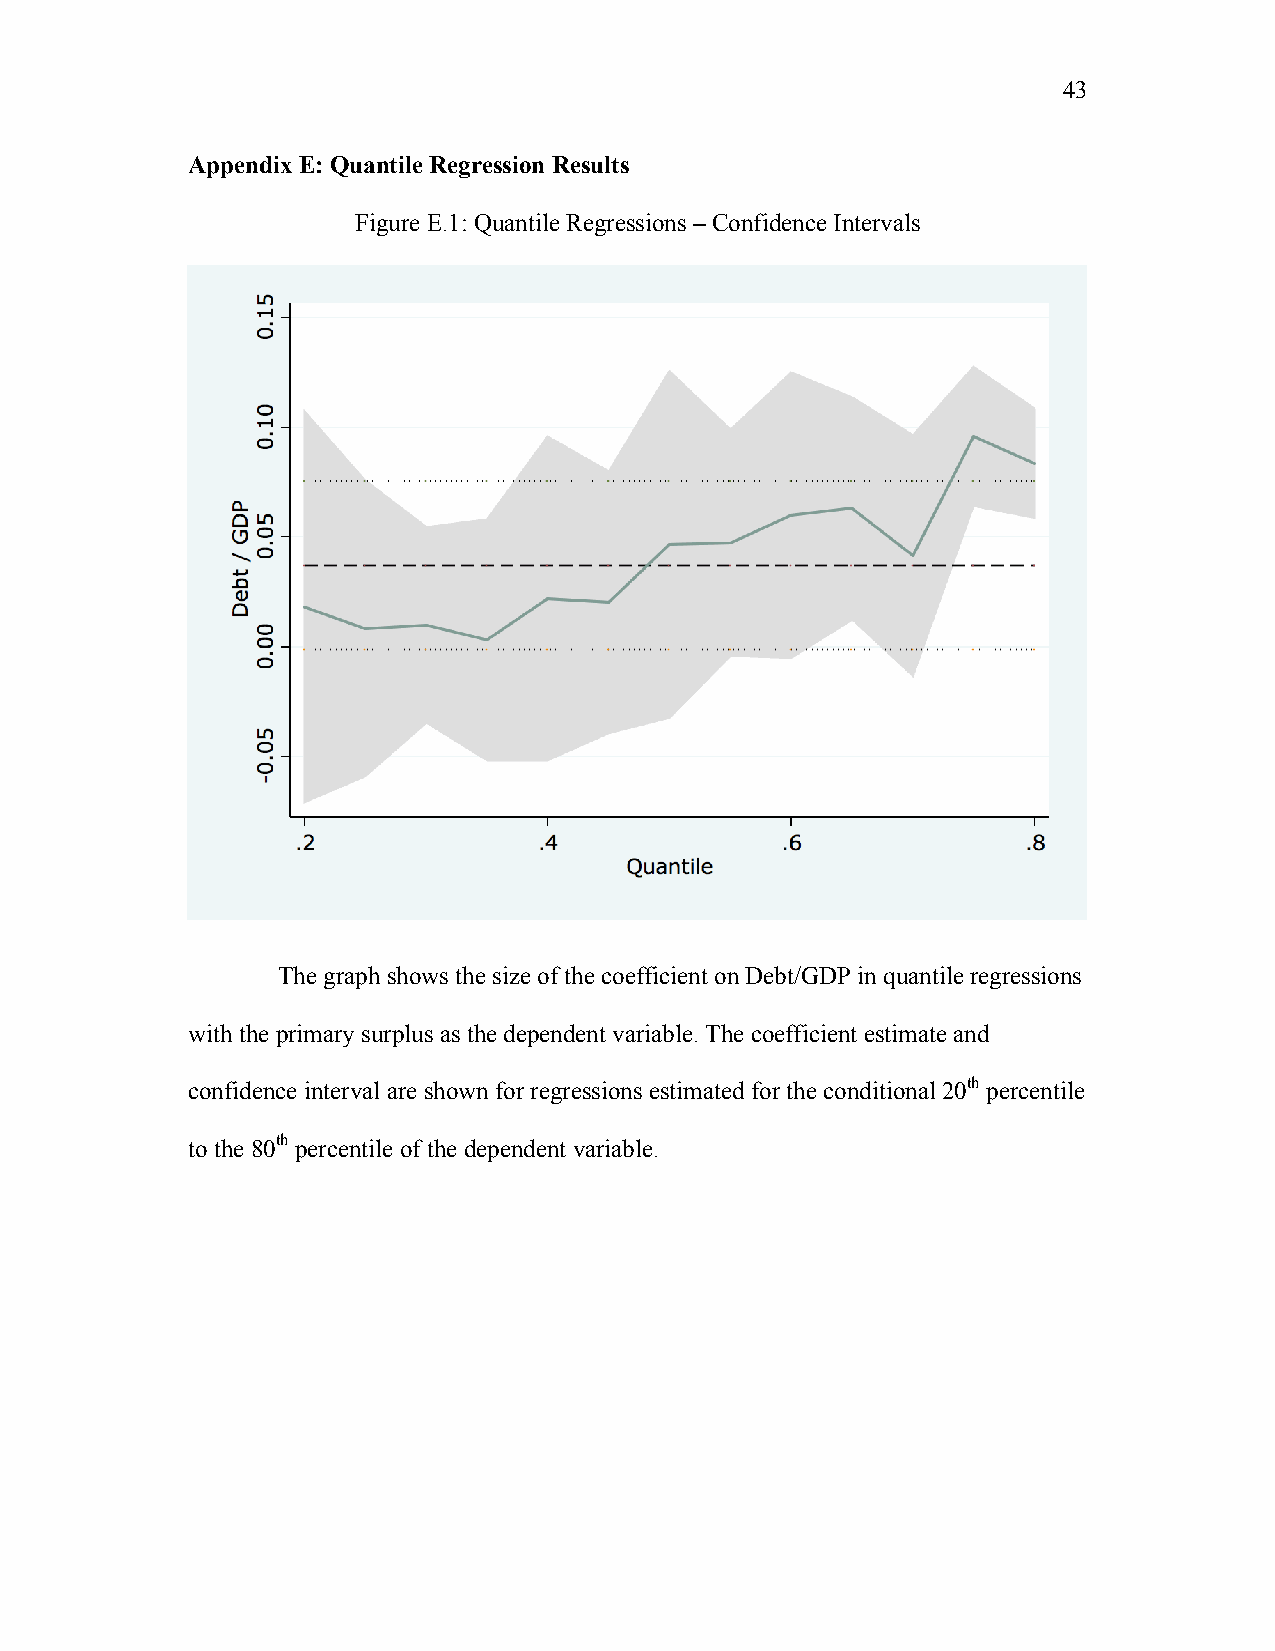
43
 Appendix E: Quantile Regression Results
 Figure E.1: Quantile Regressions – Confidence Intervals
 The graph shows the size of the coefficient on Debt/GDP in quantile regressions
 with the primary surplus as the dependent variable. The coefficient estimate and
 confidence interval are shown for regressions estimated for the conditional 20th percentile
 to the 80th percentile of the dependent variable.